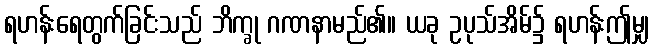
ရဟန်းရေတွက်ခြင်းသည် ဘိက္ခု ဂဏနာမည်၏။ ယခု ဥပုသ်အိမ်၌ ရဟန်းဤမျှ